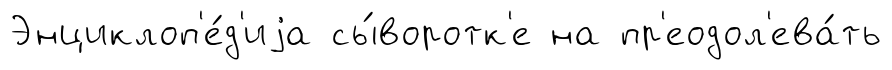
Энциклоп'е́д'иjа сы́воротк'е на пр'еодол'ева́ть